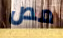
مص